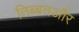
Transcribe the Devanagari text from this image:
तिब्बतऔर